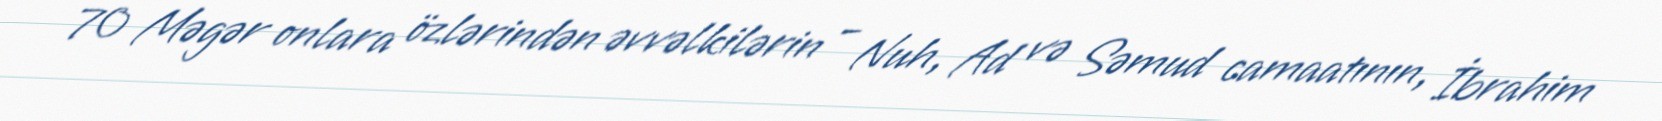
70 Məgər onlara özlərindən əvvəlkilərin – Nuh, Ad və Səmud camaatının, İbrahim